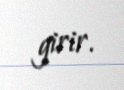
girir.